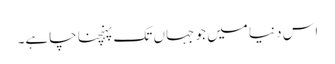
اس دنیا میں جو جہاں تک پہنچنا چاہے۔